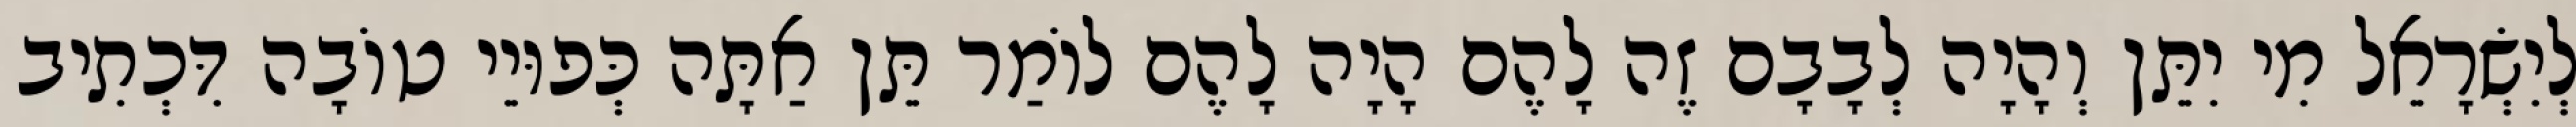
לְיִשְׂרָאֵל מִי יִתֵּן וְהָיָה לְבָבָם זֶה לָהֶם הָיָה לָהֶם לוֹמַר תֵּן אַתָּה כְּפוּיֵי טוֹבָה דִּכְתִיב